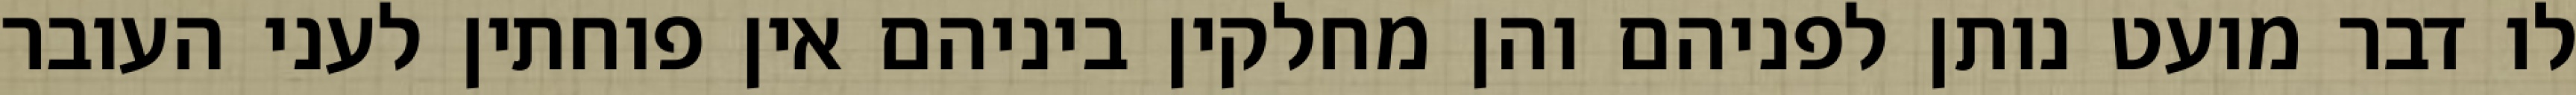
לו דבר מועט נותן לפניהם והן מחלקין ביניהם אין פוחתין לעני העובר